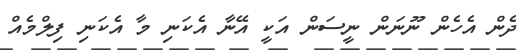
ދެން އެހެން ނޫނަން ނީސަން އަކީ އޭނާ އެކަނި މާ އެކަނި ފިލްމެއް